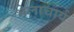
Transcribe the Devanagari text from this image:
भेलाचार्य